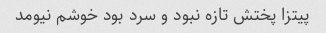
پیتزا پختش تازه نبود و سرد بود خوشم نیومد